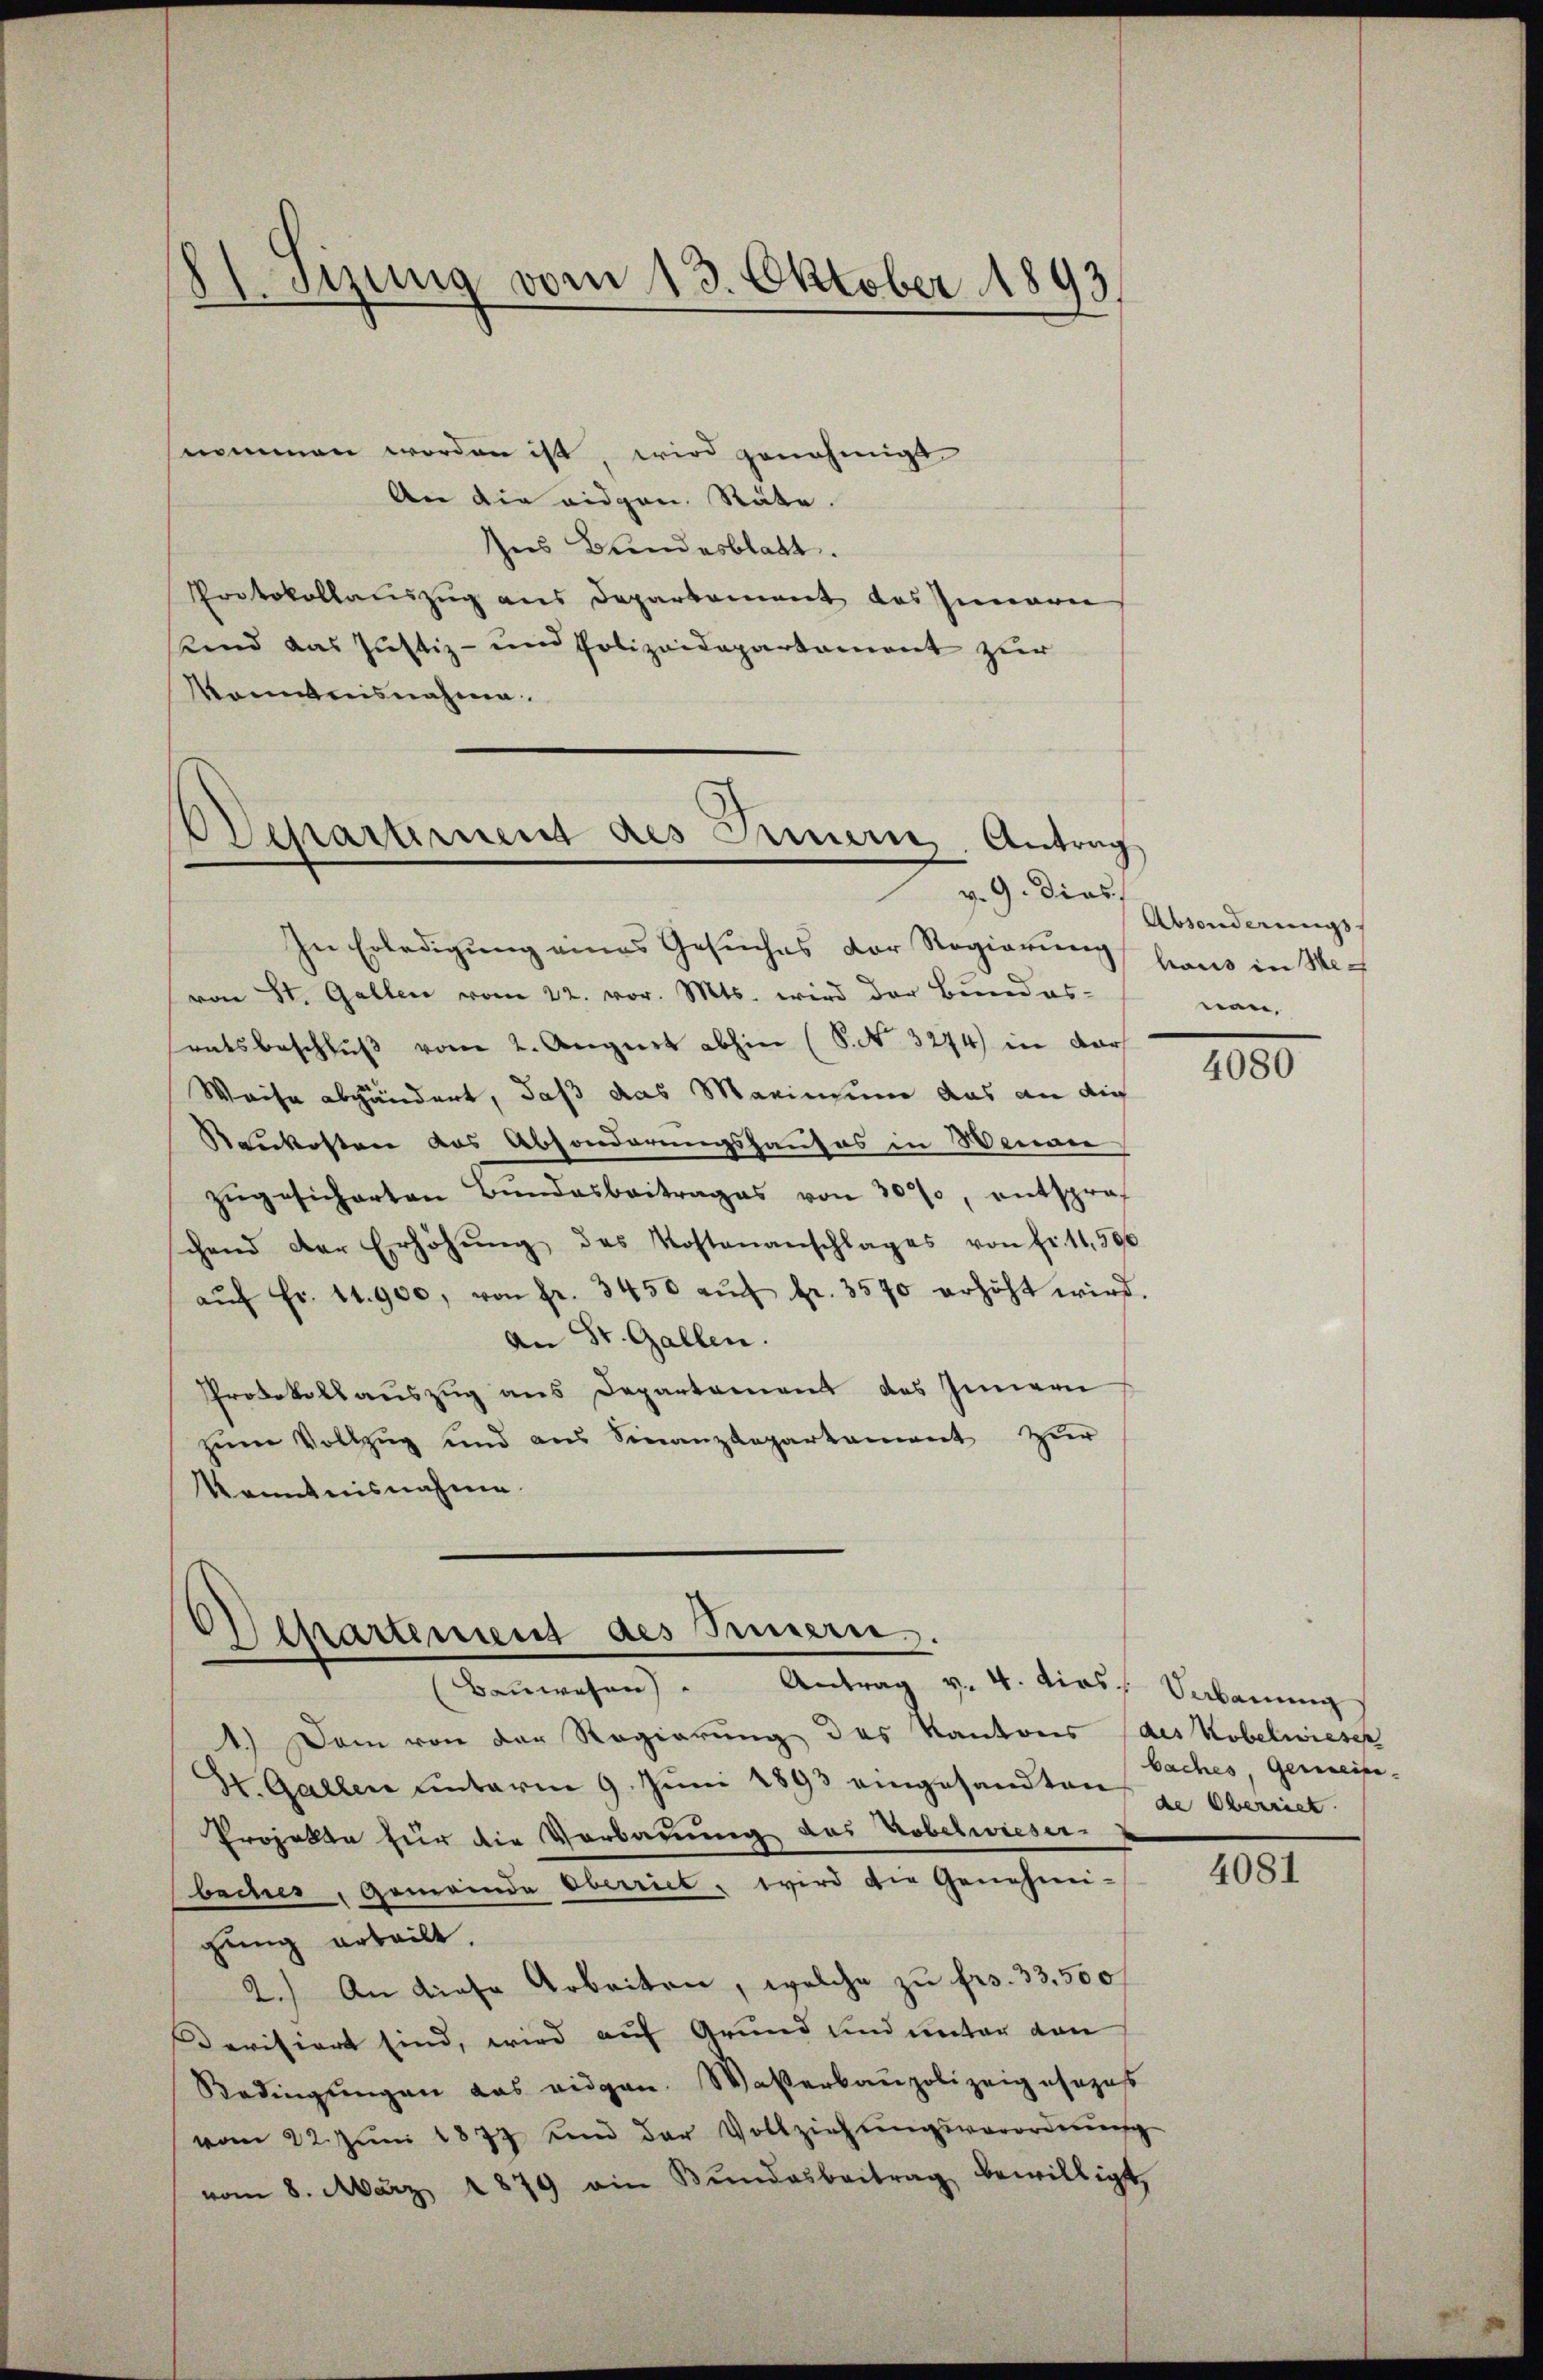
H.Sizung vom 13. Oktober 1893.

nommen worden ist, wird genehmigt
An die eidgen. Stäte.
Ins Bundesblatt.
Protokollauszug aus Departement des Innern
sund das Justiz- und Polizeidepartament zur
Mommnisnahme

Departement des Innern. Antrag
v. 9. dies

In Erledigung eines Gesŭches der Regierŭng haus in Mech
von St. Gallen vom 22. vor. Mts. wird der Bundes-
ratsbeschluß vom 2. August abhin (S. Nr. 3274) in dars
Weise abgändert, daß das Marinium das an dies
Raukosten das Absonderungshauses in Weiger
zŭgesicherten Bundesbeitrages von 30%, entsprochend der Erhöhŭng des Kostenanschlages von fi 11,500
aŭf Fr. 11. 900, von fr. 3450 aŭf fr. 3590 erhöht wird.
An St. Gallen.
Protokollauszug aus Departement des Innern
zum Vollzug und aus Finanzkaparkament zur
Kenntnisnahme

Departement des Innern.
Baŭwesen) " Antrag v. 4. dies Vabanŭng

1.) Dem von der Regierung des Kantons (des Kobelwieser
St. Gallen unterm 9. Juni 1893 eingesandten zu Oberriet
Projekte für die Verbauung des Tobelwieser-
becher, Gemeinde Oberriet, wird die Genehmi-
gung erteilt.
2.) An diese Arbeiten, welche zu frs. 33,500,
Devisiert sind, wird auf Grund und unter von
Bedingŭngen das eidgen. Waßerbaupolizeigesezes
vom 22. Jŭni 1877 und der Vollziehŭngsverordnŭng
vom 8. März 1879 ein Bŭndesbeitrag bewilligt,

Absonderungsnen

4080

baches, Gemeine

4081